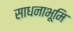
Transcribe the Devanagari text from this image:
साधनाभूमि